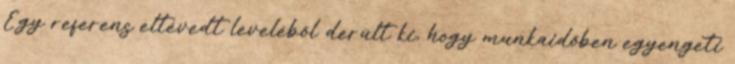
Egy referens eltévedt leveléből derült ki, hogy munkaidőben egyengeti